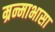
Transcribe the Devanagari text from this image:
म्रन्माभासा